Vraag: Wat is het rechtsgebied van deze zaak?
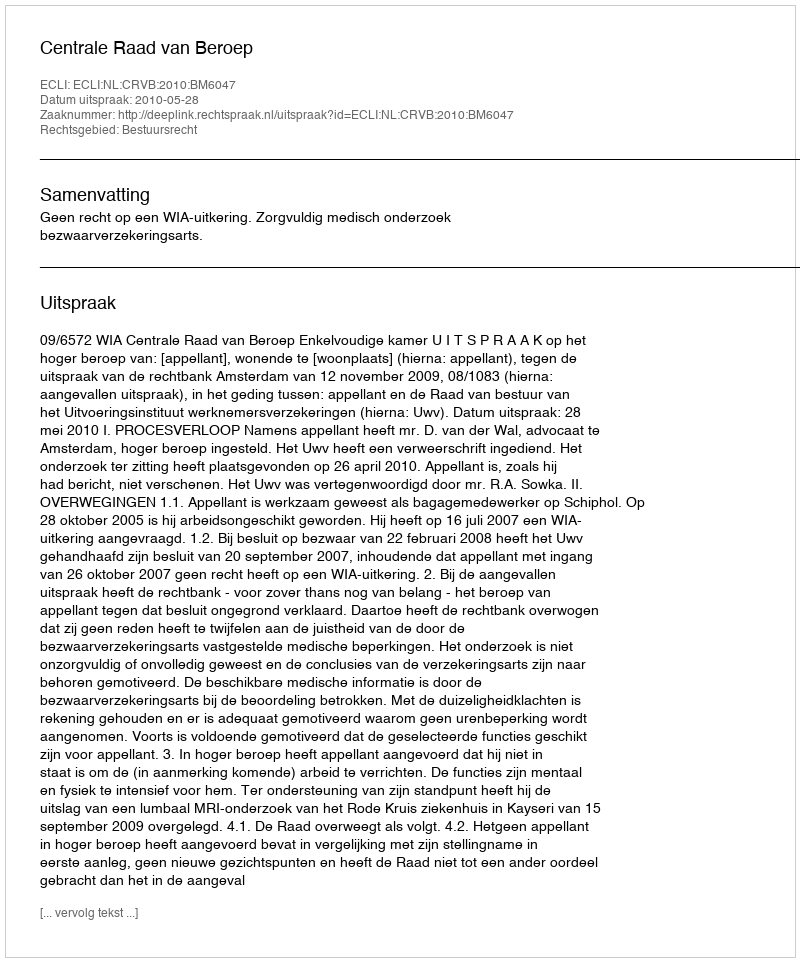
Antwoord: Bestuursrecht